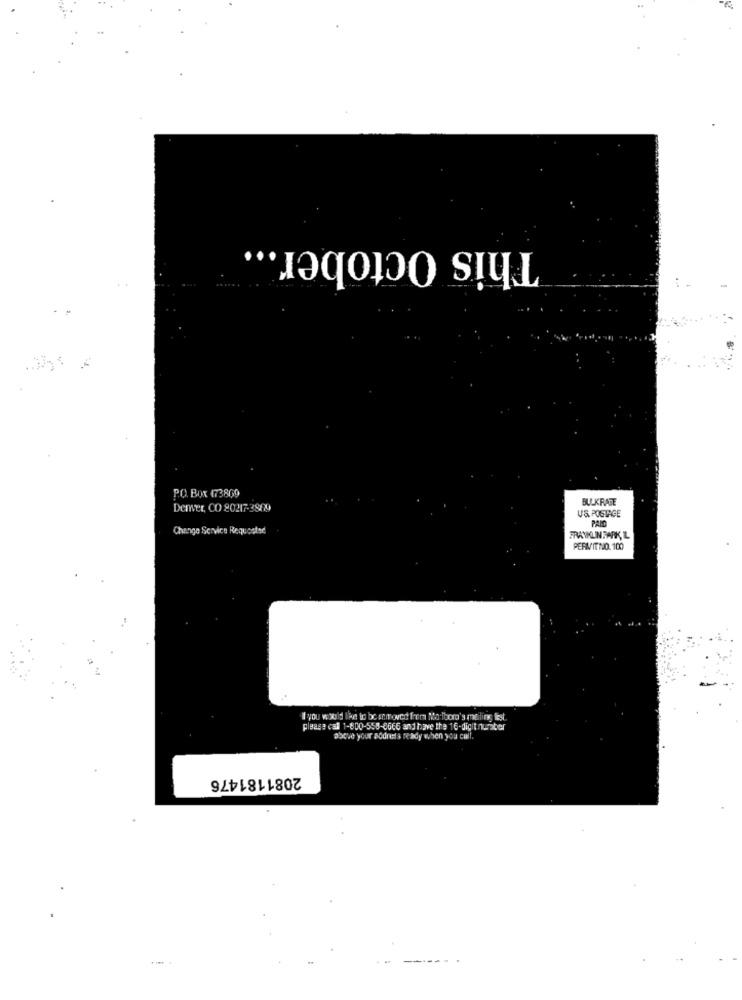
This October ...
P.O. Box 173800
BULKRATE
Denver, CO 80217-3889
US POSTAGE
PAID
Change Service Requested
FRAYKUINFARK, L
PERMITNO. 100
I you would like to be sent oved from Ma looma's mailing list
please call 1-800-558-8666 and have the 16-digit nuraber
above your aodneeds Ready when you call.
2081181476